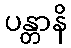
ပန္တာနိ